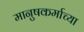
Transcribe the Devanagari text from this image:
मानुषकर्माच्या